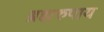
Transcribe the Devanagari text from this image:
ब्रह्मरुपाय